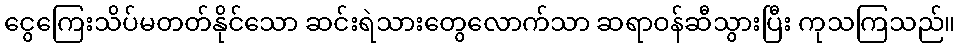
ငွေကြေးသိပ်မတတ်နိုင်သော ဆင်းရဲသားတွေလောက်သာ ဆရာဝန်ဆီသွားပြီး ကုသကြသည်။